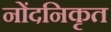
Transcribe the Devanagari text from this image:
नोंदनिकृत